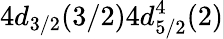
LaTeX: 4d_{3/2}(3/2)4d_{5/2}^{4}(2)